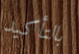
بالتأكيد